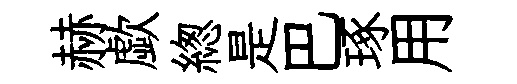
赫歔緫是巴琢用